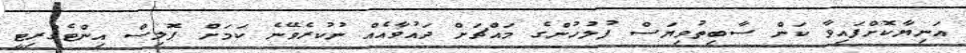
އަނިޔާކޮށްފައިވާ ކަން ސާބިތުވިޔަސް ފުލުހުންގެ މައްޗަށް ދައުވާއެއް ނުކުރެވޭނެ ކަމަށް ޕޮލިސް އިންޓެގްރިޓީ